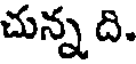
చున్న ది.